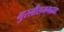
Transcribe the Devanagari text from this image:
गुरलीरामगढवा